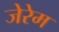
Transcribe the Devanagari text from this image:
जेरेम